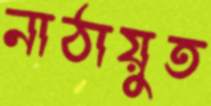
নাঠায়ুত